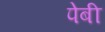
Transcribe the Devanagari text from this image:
पेबी